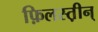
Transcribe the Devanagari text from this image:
फ़िलस्त़ीन्